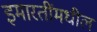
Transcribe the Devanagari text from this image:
इमारतींमधील